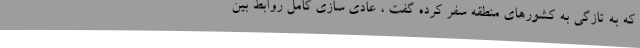
که به تازگی به کشورهای منطقه سفر کرده گفت ، عادی سازی کامل روابط بین